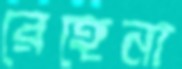
রেহেনা